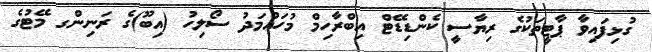
ގުޅިފައިވާ ޕާޓީތަކުގެ ރިޔާސީ ކެންޑިޑޭޓް އިބްރާހިމް މުހައްމަދު ސޯލިހު (އިބޫ)ގެ ރަނިންގ މޭޓުގެ